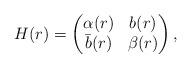
LaTeX: \begin{align*}H(r)= \begin{pmatrix} \alpha(r) & b(r) \\ \bar b(r) & \beta(r) \end{pmatrix},\end{align*}